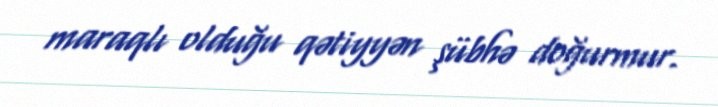
maraqlı olduğu qətiyyən şübhə doğurmur.